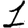
Digit: 1